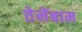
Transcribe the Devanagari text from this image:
तेनेंबाम